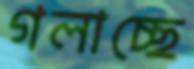
গলাচ্ছে